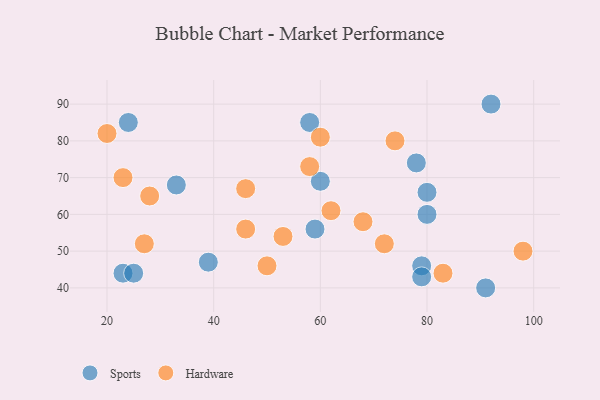
{"axis": {"x": "GDP", "y": "Life Expectancy"}, "legend": ["Hardware", "Sports"], "data": [{"x": "91", "y": 40, "type": "Sports"}, {"x": "59", "y": 56, "type": "Sports"}, {"x": "33", "y": 68, "type": "Sports"}, {"x": "92", "y": 90, "type": "Sports"}, {"x": "78", "y": 74, "type": "Sports"}, {"x": "58", "y": 85, "type": "Sports"}, {"x": "23", "y": 44, "type": "Sports"}, {"x": "79", "y": 46, "type": "Sports"}, {"x": "39", "y": 47, "type": "Sports"}, {"x": "79", "y": 43, "type": "Sports"}, {"x": "80", "y": 66, "type": "Sports"}, {"x": "24", "y": 85, "type": "Sports"}, {"x": "25", "y": 44, "type": "Sports"}, {"x": "80", "y": 60, "type": "Sports"}, {"x": "60", "y": 69, "type": "Sports"}, {"x": "28", "y": 65, "type": "Hardware"}, {"x": "62", "y": 61, "type": "Hardware"}, {"x": "74", "y": 80, "type": "Hardware"}, {"x": "20", "y": 82, "type": "Hardware"}, {"x": "72", "y": 52, "type": "Hardware"}, {"x": "50", "y": 46, "type": "Hardware"}, {"x": "53", "y": 54, "type": "Hardware"}, {"x": "60", "y": 81, "type": "Hardware"}, {"x": "83", "y": 44, "type": "Hardware"}, {"x": "46", "y": 67, "type": "Hardware"}, {"x": "27", "y": 52, "type": "Hardware"}, {"x": "23", "y": 70, "type": "Hardware"}, {"x": "68", "y": 58, "type": "Hardware"}, {"x": "98", "y": 50, "type": "Hardware"}, {"x": "58", "y": 73, "type": "Hardware"}, {"x": "46", "y": 56, "type": "Hardware"}]}